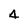
Character: 4